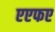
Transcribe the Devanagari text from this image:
एएफए